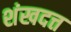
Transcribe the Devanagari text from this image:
शंखदत्त